65_HS1-834228961_62-HQ-83894_Section_3
Agency: FBI
Page 12
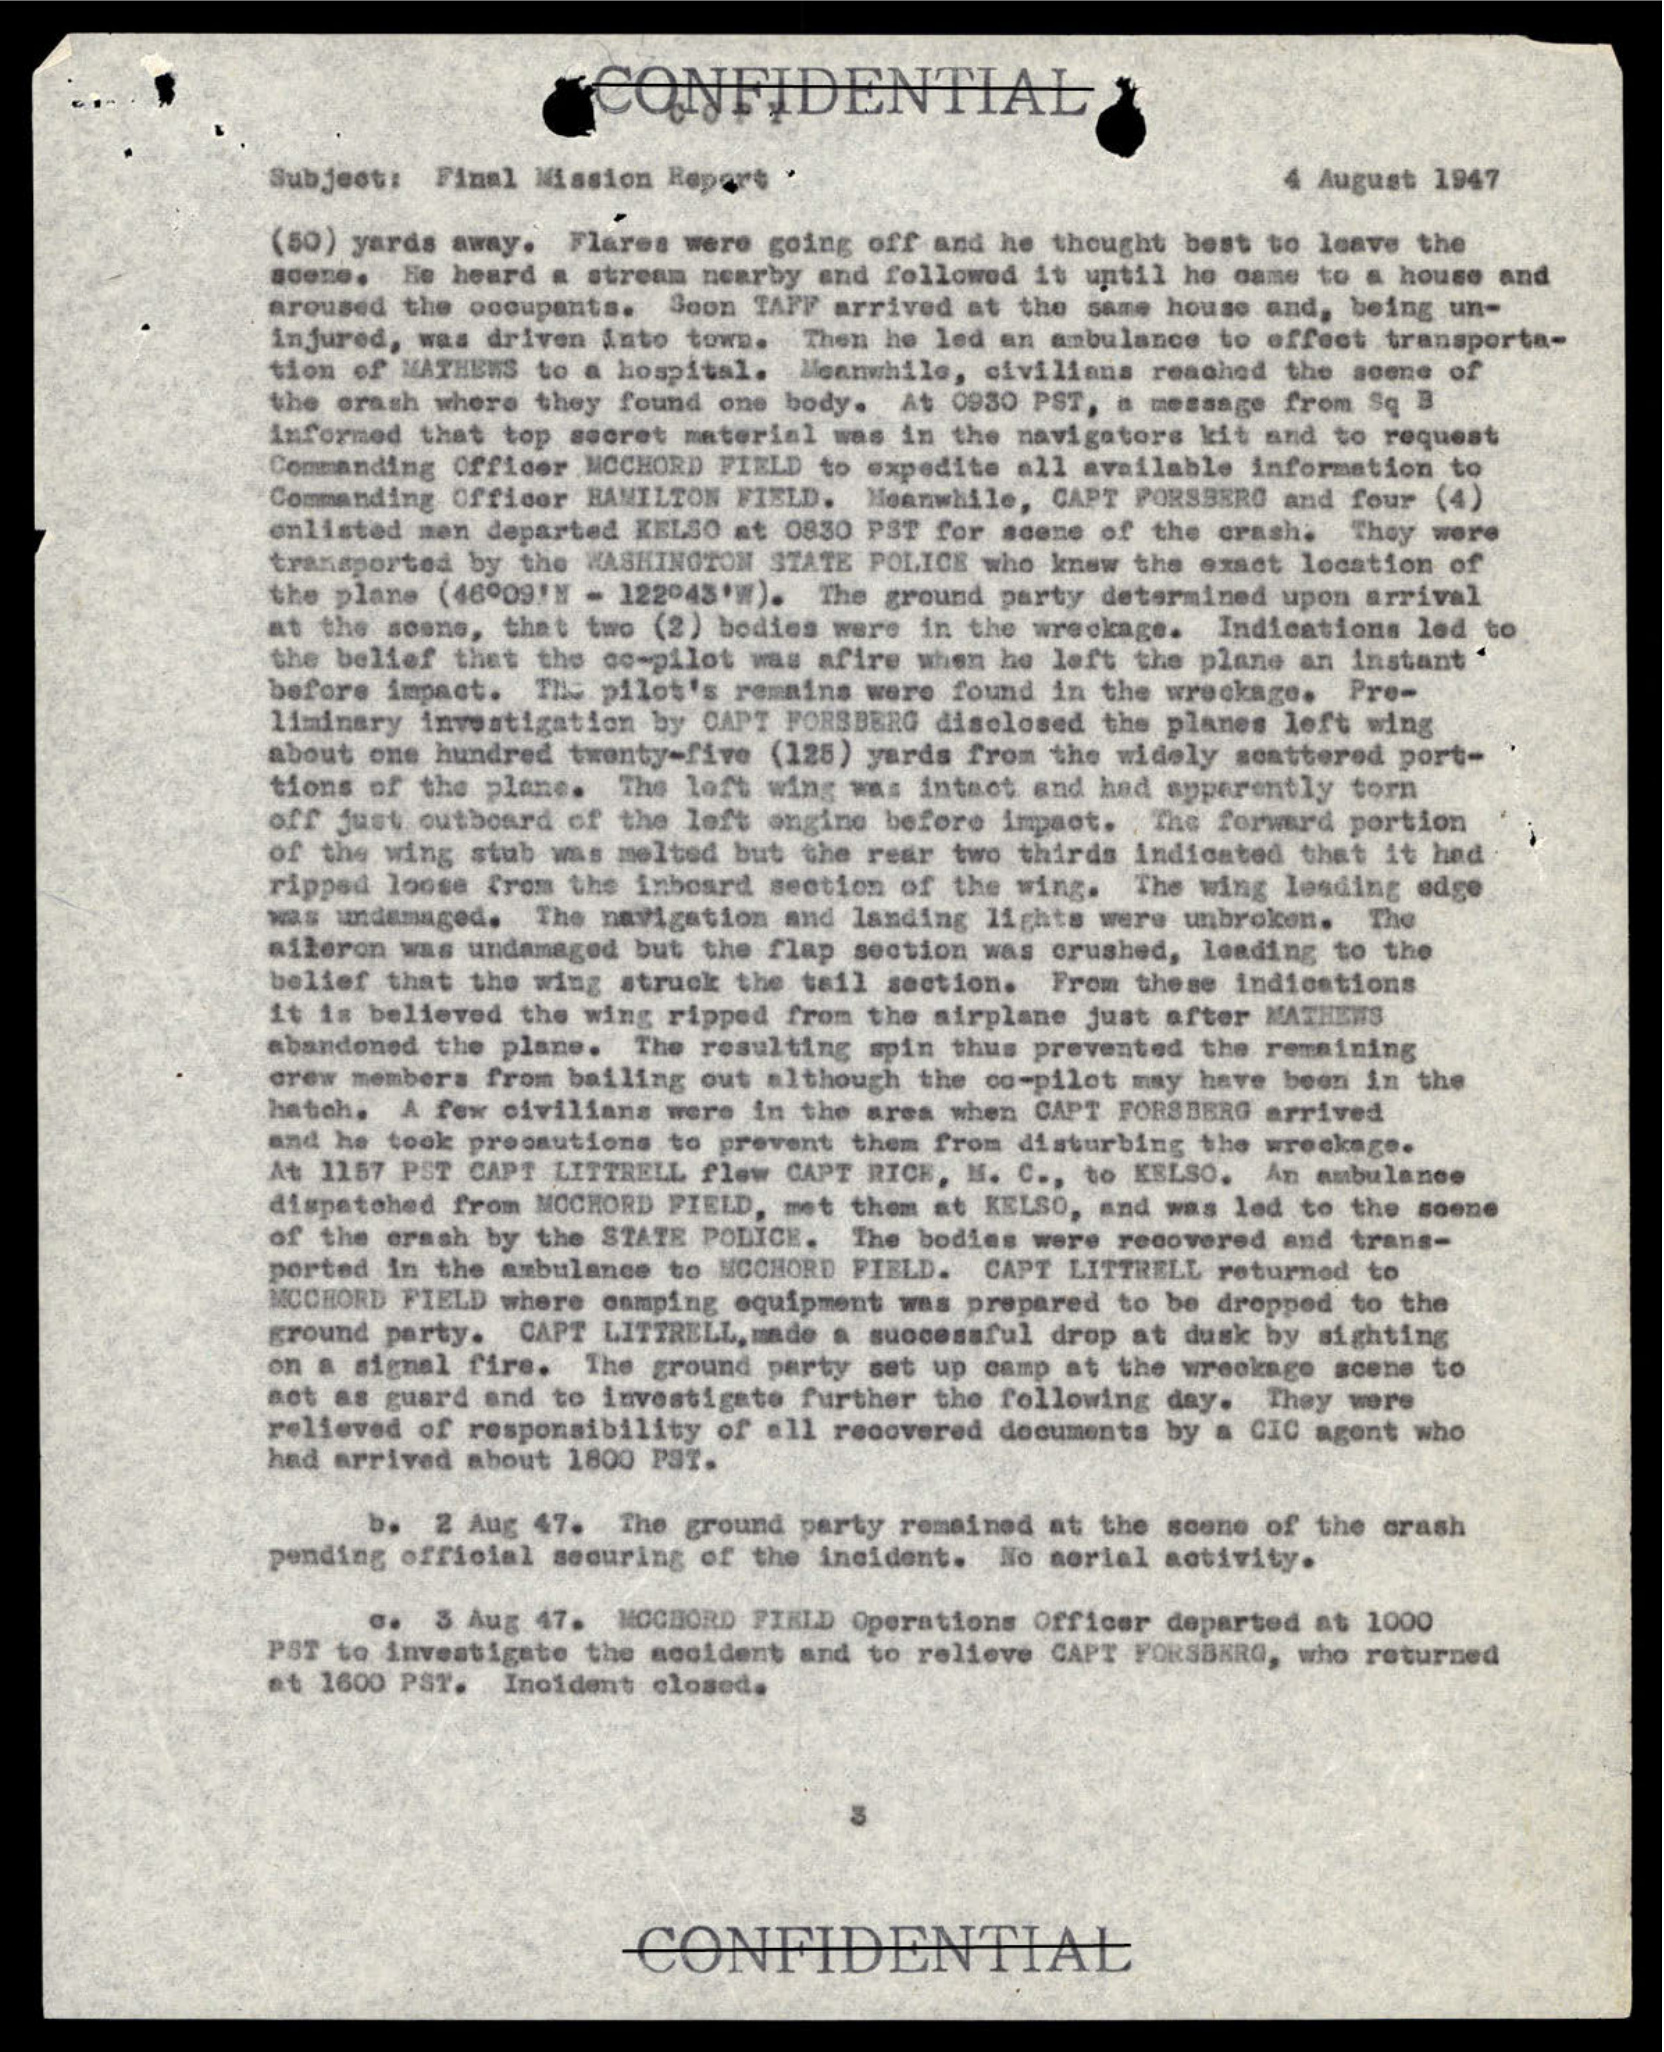